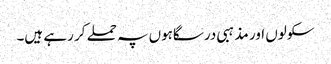
سکولوں اور مذہبی درسگاہوں پہ حملے کر رہے ہیں۔